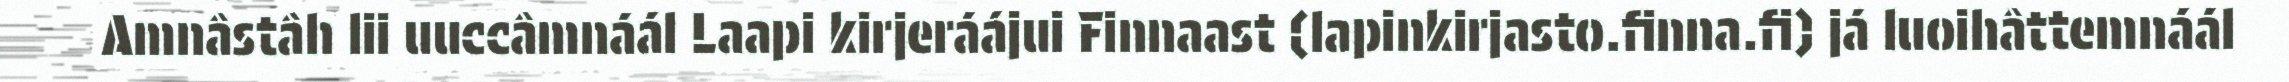
Amnâstâh lii uuccâmnáál Laapi kirjeráájui Finnaast (lapinkirjasto.finna.fi) já luoihâttemnáál